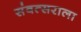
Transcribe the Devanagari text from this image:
संवत्सराला